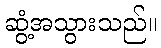
ဆွံ့အသွားသည်။